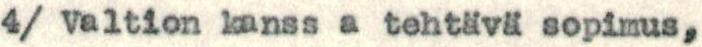
4/ Valtion kanss a tehtävä sopimus,